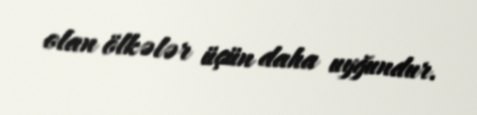
olan ölkələr üçün daha uyğundur.